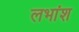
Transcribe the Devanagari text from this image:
लभांश